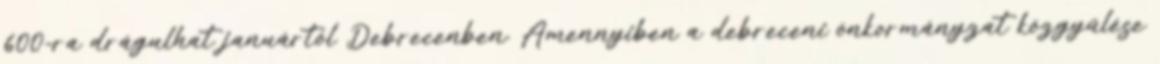
600-ra drágulhat januártól Debrecenben. Amennyiben a debreceni önkormányzat közgyűlése